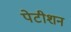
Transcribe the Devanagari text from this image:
पेटीशन